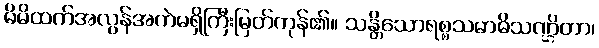
မိမိထက်အလွန်အကဲမရှိကြီးမြတ်ကုန်၏။ သန္တိသောရစ္စသမာဓိသဏ္ဌိတာ၊